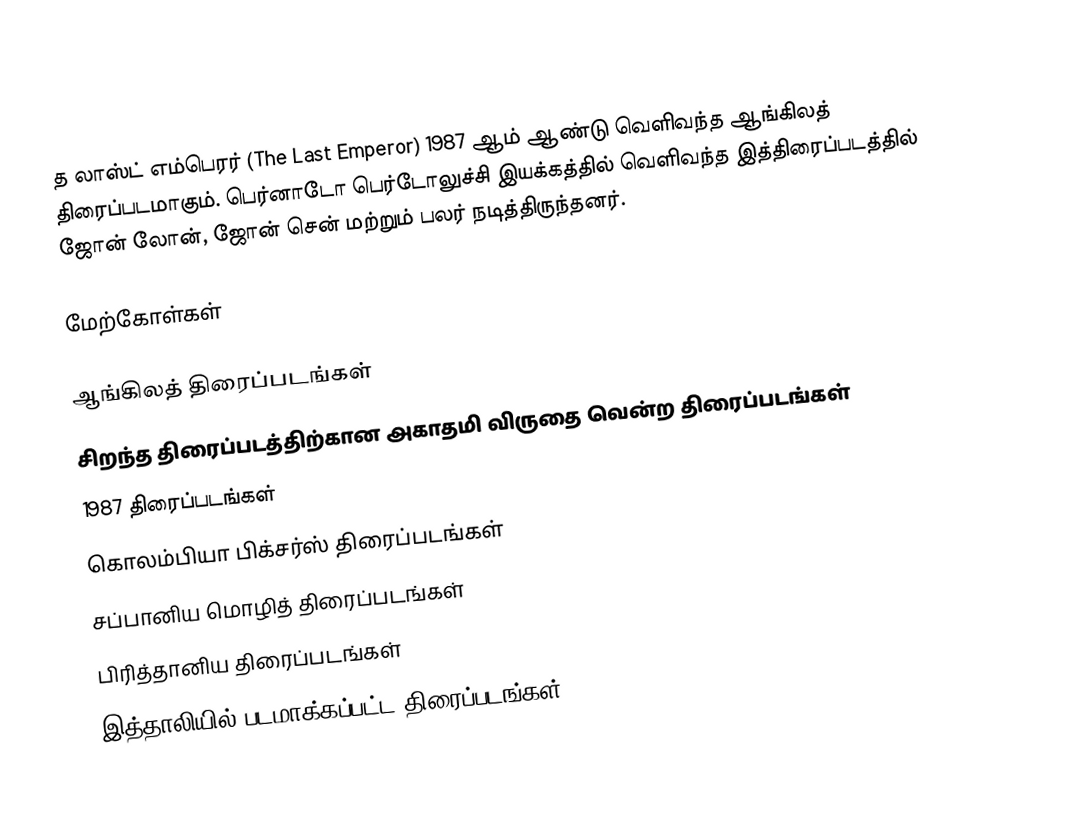
த லாஸ்ட் எம்பெரர் (The Last Emperor) 1987 ஆம் ஆண்டு வெளிவந்த ஆங்கிலத் திரைப்படமாகும். பெர்னாடோ பெர்டோலுச்சி இயக்கத்தில் வெளிவந்த இத்திரைப்படத்தில் ஜோன் லோன், ஜோன் சென் மற்றும் பலர் நடித்திருந்தனர்.

மேற்கோள்கள்

ஆங்கிலத் திரைப்படங்கள்
சிறந்த திரைப்படத்திற்கான அகாதமி விருதை வென்ற திரைப்படங்கள்
1987 திரைப்படங்கள்
கொலம்பியா பிக்சர்ஸ் திரைப்படங்கள்
சப்பானிய மொழித் திரைப்படங்கள்
பிரித்தானிய திரைப்படங்கள்
இத்தாலியில் படமாக்கப்பட்ட திரைப்படங்கள்